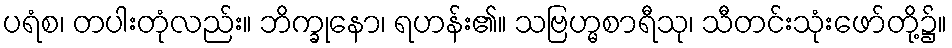
ပရံစ၊ တပါးတုံလည်း။ ဘိက္ခုနော၊ ရဟန်း၏။ သဗြဟ္မစာရီသု၊ သီတင်းသုံးဖော်တို့၌။